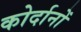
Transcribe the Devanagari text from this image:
कोर्दानों